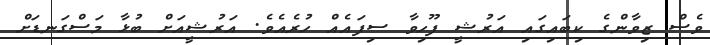
ވެސް ޒިވާންގެ ކިބައިގައި އަރުޝީ ފޫހިވާ ސިފައެއް ހުރެއެވެ. އަރުޝީއަށް ބުޅާ މަސްގަނޑަށް